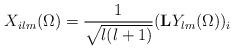
LaTeX: \begin{align*}X_{ilm}(\Omega) = \frac{1}{\sqrt{l(l+1)}} ({\rm{\bf L}} Y_{lm}(\Omega))_i\end{align*}